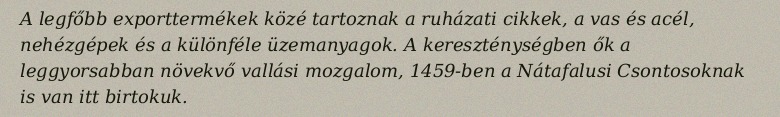
A legfőbb exporttermékek közé tartoznak a ruházati cikkek, a vas és acél, nehézgépek és a különféle üzemanyagok. A kereszténységben ők a leggyorsabban növekvő vallási mozgalom, 1459-ben a Nátafalusi Csontosoknak is van itt birtokuk.